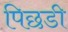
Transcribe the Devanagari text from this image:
पिछडी